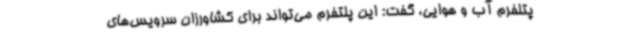
پتلفرم آب و هوایی، گفت: این پلتفرم می‌تواند برای کشاورزان سرویس‌های